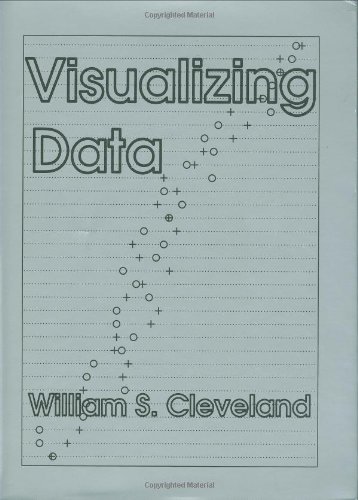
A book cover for Visualizing Data; William S. Cleveland; Computers & Technology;